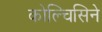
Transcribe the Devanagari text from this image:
कोल्चिसिने